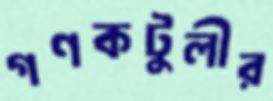
গণকটুলীর